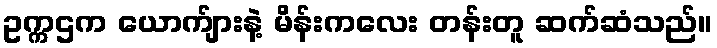
ဥက္ကဌက ယောက်ျားနဲ့ မိန်းကလေး တန်းတူ ဆက်ဆံသည်။